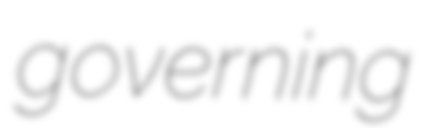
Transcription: governing